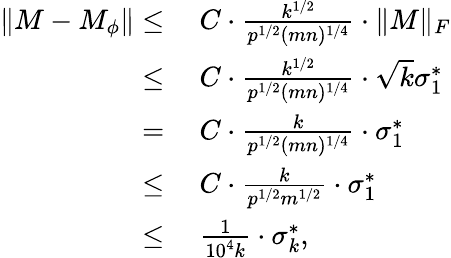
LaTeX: \begin{array}{rl}{\| M-M_{\phi}\| \leq}&{~C\cdot\frac{k^{1/2}}{p^{1/2}(mn)^{1/4}}\cdot\| M\| _{F}}\\ {\leq}&{~C\cdot\frac{k^{1/2}}{p^{1/2}(mn)^{1/4}}\cdot\sqrt{k}\sigma_{1}^{*}}\\ {=}&{~C\cdot\frac{k}{p^{1/2}(mn)^{1/4}}\cdot\sigma_{1}^{*}}\\ {\leq}&{~C\cdot\frac{k}{p^{1/2}m^{1/2}}\cdot\sigma_{1}^{*}}\\ {\leq}&{~\frac{1}{10^{4}k}\cdot\sigma_{k}^{*},}\end{array}